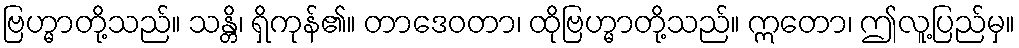
ဗြဟ္မာတို့သည်။ သန္တိ၊ ရှိကုန်၏။ တာဒေဝတာ၊ ထိုဗြဟ္မာတို့သည်။ ဣတော၊ ဤလူ့ပြည်မှ။